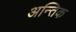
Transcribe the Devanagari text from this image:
अन्तिक